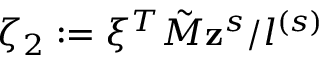
\zeta _ { 2 } : = \xi ^ { T } \tilde { M } \mathbf { z } ^ { s } / l ^ { ( s ) }